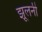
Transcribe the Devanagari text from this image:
झूलनी